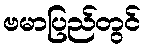
ဗမာပြည်တွင်